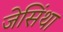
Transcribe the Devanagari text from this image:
जेसिंथा